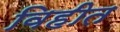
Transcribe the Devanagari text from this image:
विहीत